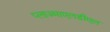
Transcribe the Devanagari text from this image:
प्लाज्माएलडीएल